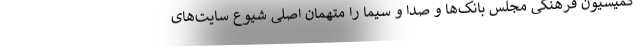
کمیسیون فرهنگی مجلس بانک‌ها و صدا و سیما را متهمان اصلی شیوع سایت‌های